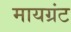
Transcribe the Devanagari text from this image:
मायग्रंट